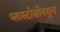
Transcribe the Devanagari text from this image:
प्लास्टोसीनयुग